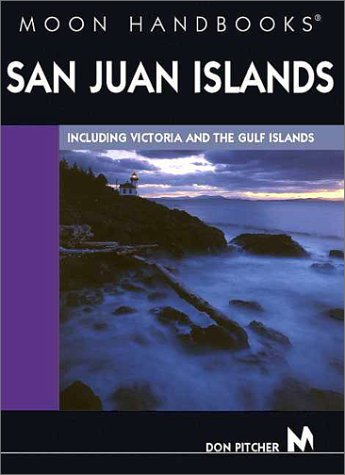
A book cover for San Juan Islands: Including Victoria and the Gulf Islands (Moon San Juan Islands); Don Pitcher; Travel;